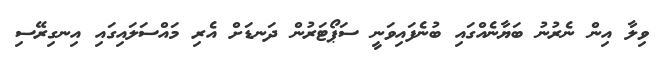
ވިލާ އިން ނެރުުނު ބަޔާނެއްގައި ބުނެފައިވަނީ ސަޕޯޓަރުން ދަނޑަށް އެރި މައްސަލައިގައި އިނގިރޭސި